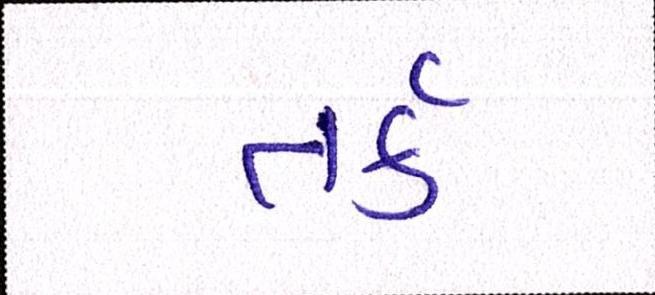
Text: તર્ક